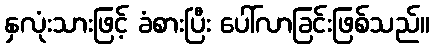
နှလုံးသားဖြင့် ခံစားပြီး ပေါ်လာခြင်းဖြစ်သည်။